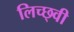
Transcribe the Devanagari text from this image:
लिच्छ्वी